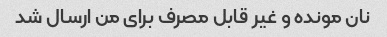
نان مونده و غیر قابل مصرف برای من ارسال شد